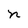
Character: n